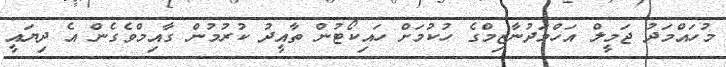
މުހައްމަދު ޖަމީލް އަހްމަދުނާޒިމްގެ ހުކުމަށް ހައިކޯޓުން ތާއީދު ކުރުމުން ގާއިމްވެގެން އެ ދިޔައީ